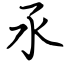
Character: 氶